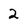
Character: 2